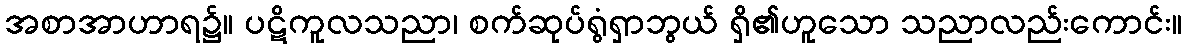
အစာအာဟာရ၌။ ပဋိကူလသညာ၊ စက်ဆုပ်ရွံရှာဘွယ် ရှိ၏ဟူသော သညာလည်းကောင်း။